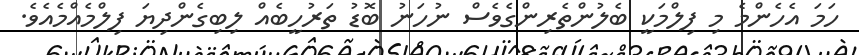
ހަމަ އެހެންމެ މި ފިލްމަކީ ބެލުންތެރިންގެވެސް ނުހަނު ބޮޑު ތަރުހީބެއް ލިބިގެންދިޔަ ފިލްމެއްމެއެވެ.